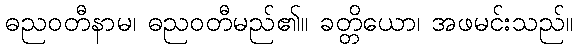
ဓညဝတီနာမ၊ ဓညဝတီမည်၏။ ခတ္တိယော၊ အဖမင်းသည်။